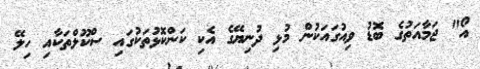
އޯ" ޖަމާއަތުގެ ބޮޑު ވިއުގައަކުން މުޅި ދުނިޔޭގެ އެކި ކަންކޮޅުތަކުގައި ސްކޫލްތަކާއި ހިލޭ